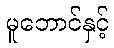
မူဘောင်နှင့်